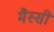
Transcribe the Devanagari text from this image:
मैस्सी